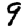
Digit: 9